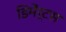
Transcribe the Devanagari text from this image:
डिमेंर्टस